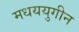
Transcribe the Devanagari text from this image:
मधययुगीन